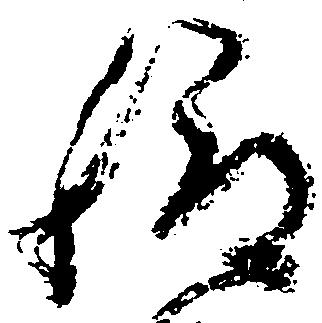
給